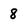
Character: 8